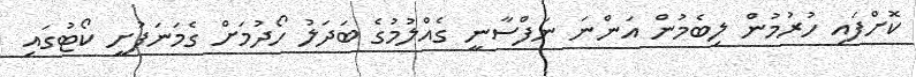
ކޮށްފައި ހުރުމުން ލިބެމުން އަންނަ ނަފްސާނީ ގެއްލުމުގެ ބަދަލު ހޯދުމަށް ގެމަނަފުށީ ކޯޓުގައި